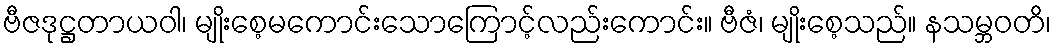
ဗီဇဒုဋ္ဌတာယဝါ၊ မျိုးစေ့မကောင်းသောကြောင့်လည်းကောင်း။ ဗီဇံ၊ မျိုးစေ့သည်။ နသမ္ဘဝတိ၊